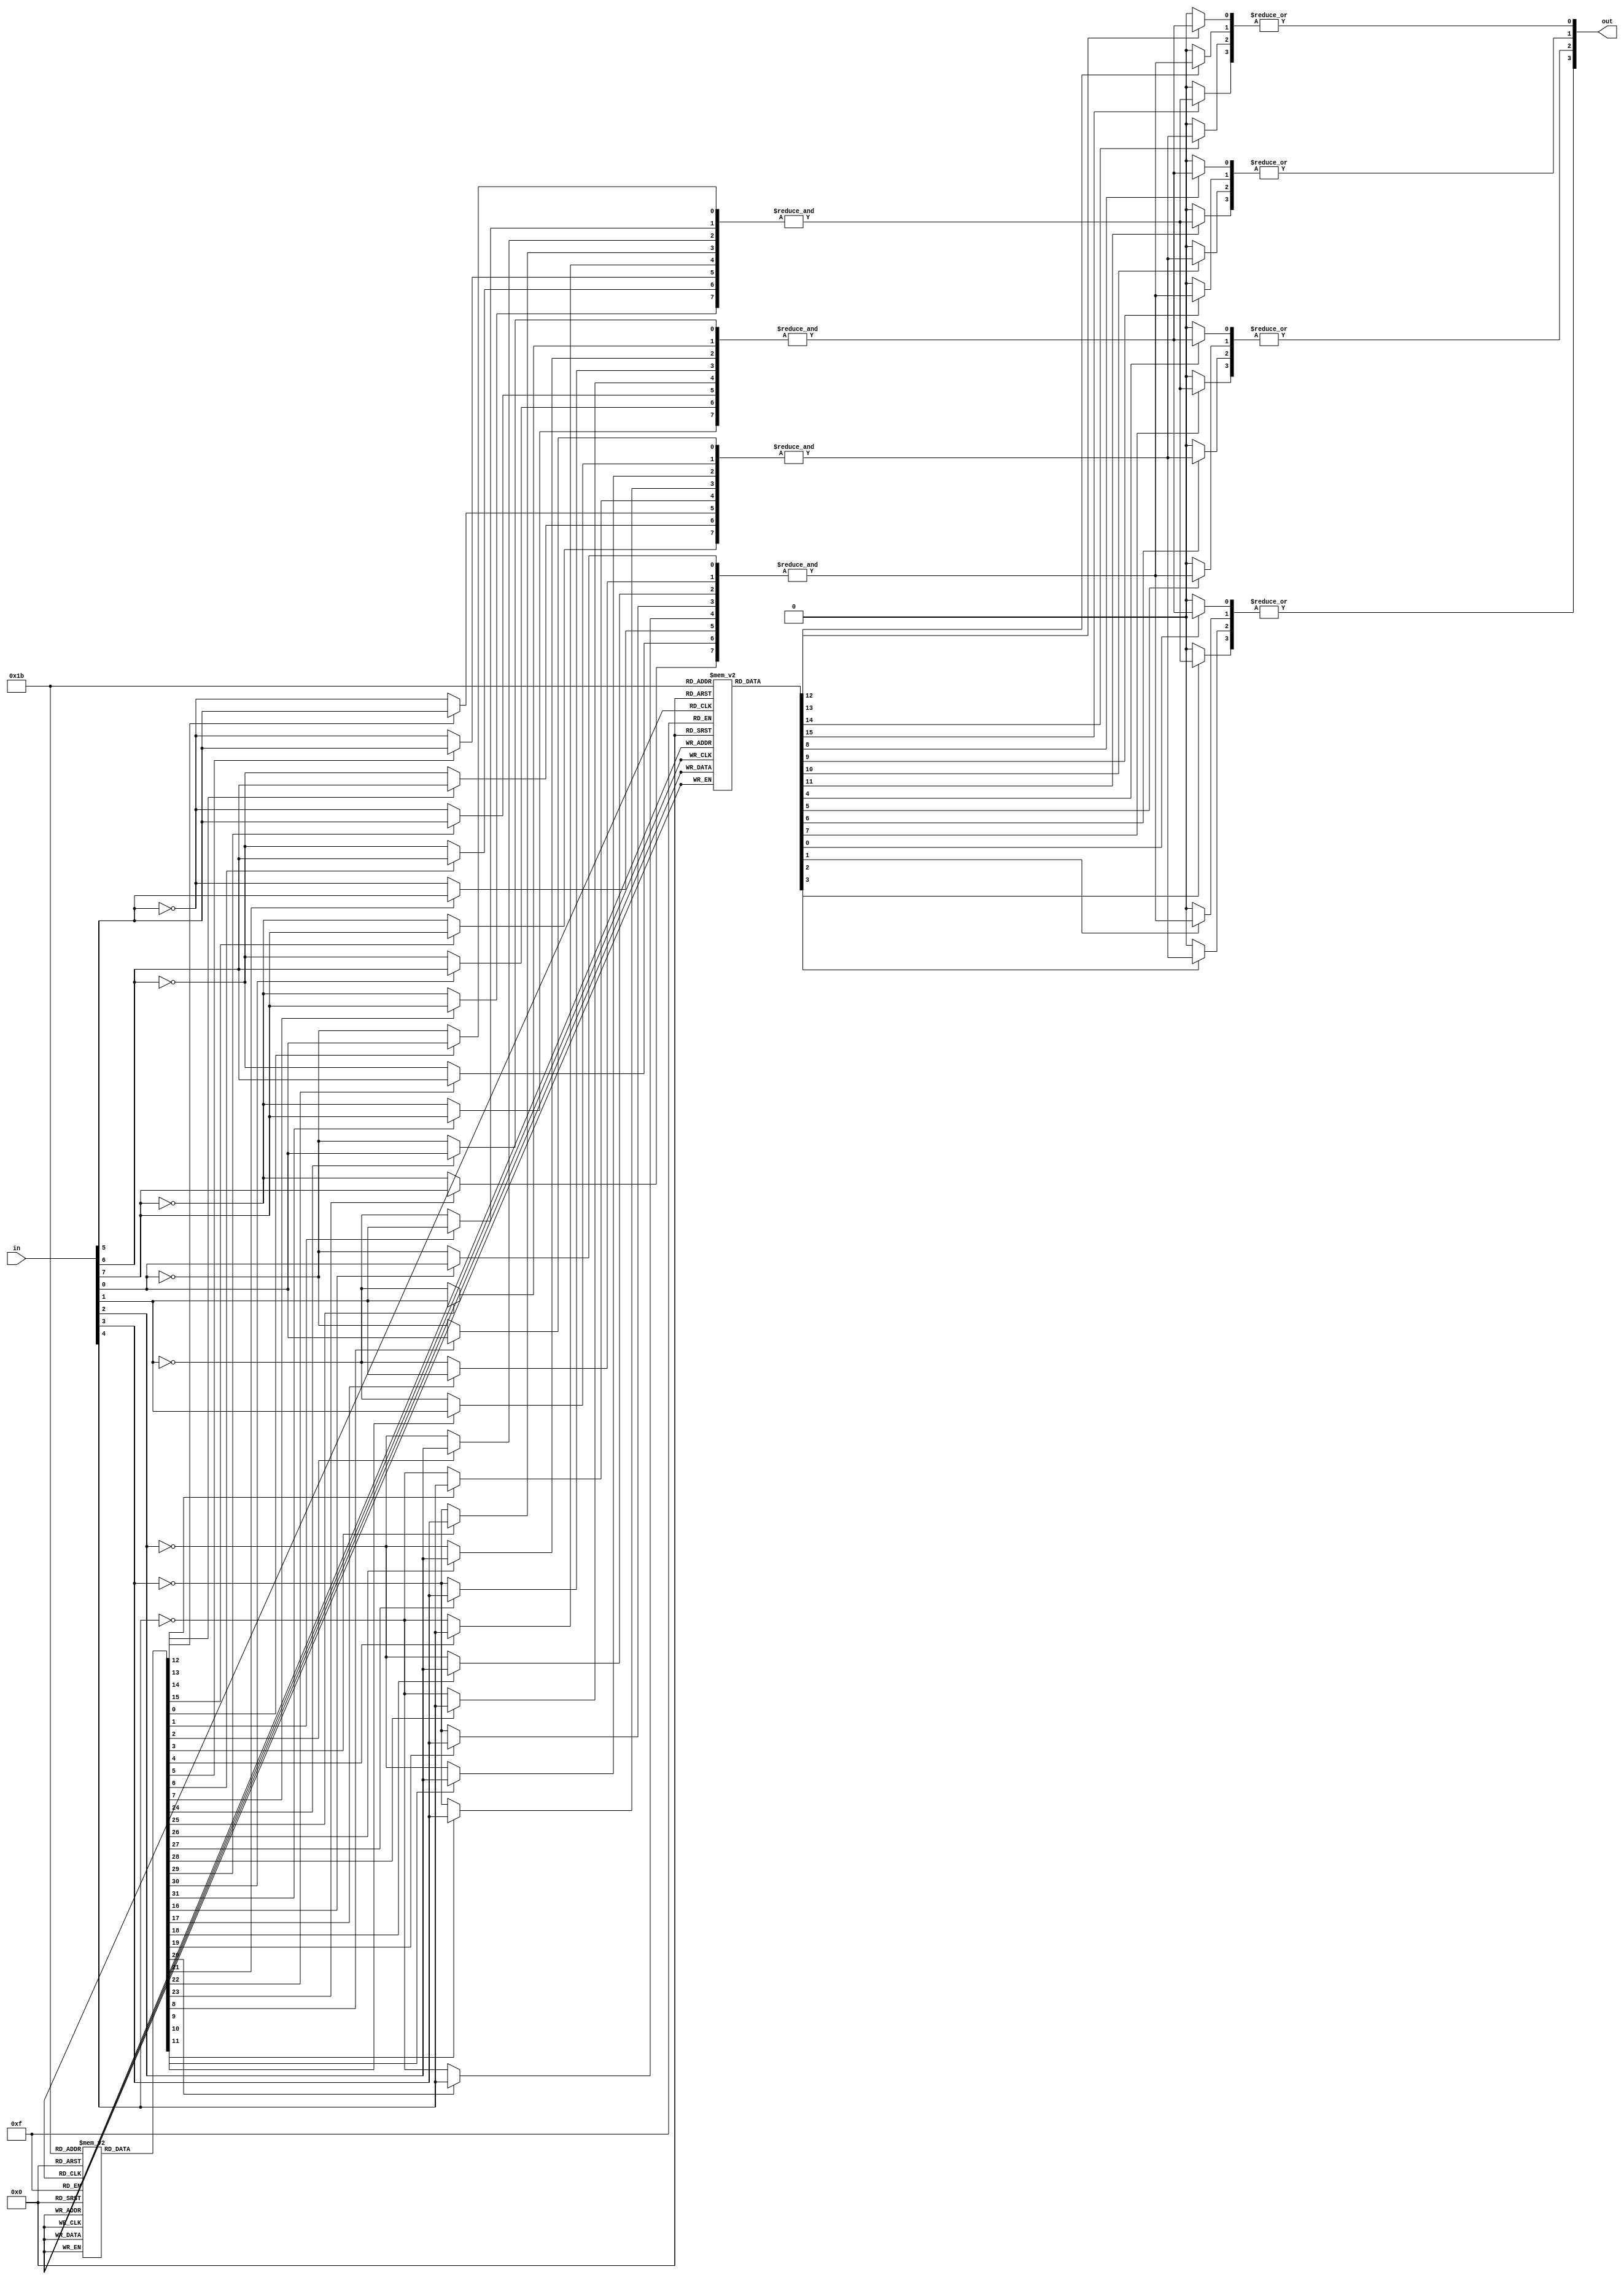
module PLA #(parameter n = 8,  // Number of inputs
              parameter m = 4,  // Number of outputs
              parameter p = 4,  // Number of AND gates
              parameter q = 4   // Number of OR gates
            )(
              input  wire [n-1:0] in,  // Input lines
              output wire [m-1:0] out   // Output lines
            );

    // Programmable AND array configuration; each AND gate has n inputs
    reg [n-1:0] and_config [0:p-1]; // configuration for AND gates (true/false)
    
    // Programmable OR array configuration; each OR gate can take outputs from p AND gates
    reg [p-1:0] or_config [0:q-1]; // configuration for OR gates (output selection)
    
    wire [p-1:0] and_out;  // Outputs from AND gates
    wire [m-1:0] or_out;   // Outputs from OR gates

    // Generate outputs from AND gates based on configuration
    generate
        genvar i, j;
        for (i = 0; i < p; i = i + 1) begin : and_gate
            wire [n-1:0] and_inputs;
            // Generate inputs for AND gate considering the configuration
            for (j = 0; j < n; j = j + 1) begin : input_mux
                assign and_inputs[j] = and_config[i][j] ? in[j] : ~in[j]; // select input or complement
            end
            
            // AND gate functionality
            assign and_out[i] = &and_inputs; // logical AND of all inputs
        end
    endgenerate

    // Generate outputs from OR gates based on configuration
    generate
        for (i = 0; i < m; i = i + 1) begin : or_gate
            wire [p-1:0] or_inputs;
            for (j = 0; j < p; j = j + 1) begin : output_mux
                assign or_inputs[j] = or_config[i][j] ? and_out[j] : 1'b0; // select AND gate output or 0
            end
            
            // OR gate functionality
            assign out[i] = |or_inputs; // logical OR of selected AND gate outputs
        end
    endgenerate
    
    // Task to initialize the configurations (to be replaced with actual programming logic)
    initial begin
        // Sample configurations for the initialization (example purposes only)
        // These configurations need to be set according to the user's requirements.
        
        // Configure AND gates (example)
        and_config[0] = 8'b11111111; // All inputs true
        and_config[1] = 8'b00000000; // All inputs inverted
        and_config[2] = 8'b11001100; // Selective inputs
        and_config[3] = 8'b10101010; // Alternate inputs
        
        // Configure OR gates (example)
        or_config[0] = 4'b1001; // OR gate 0 receives output from AND gate 0 and 3
        or_config[1] = 4'b0110; // OR gate 1 receives output from AND gate 1 and 2
        or_config[2] = 4'b0000; // OR gate 2 is not used
        or_config[3] = 4'b1111; // OR gate 3 receives output from all AND gates
    end

endmodule